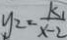
y _ { 2 } = \frac { k _ { 1 } } { x - 2 }